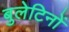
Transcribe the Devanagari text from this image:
बुलेटिनों